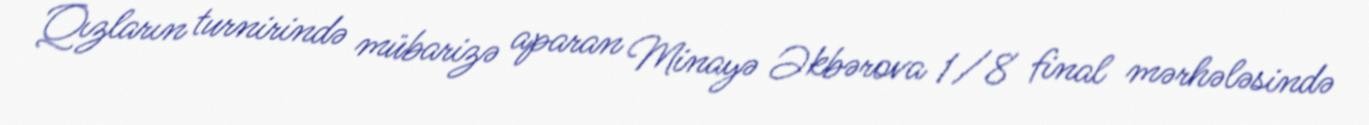
Qızların turnirində mübarizə aparan Minayə Əkbərova 1/8 final mərhələsində